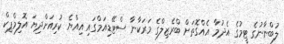
ލުބްނާނުގެ ޓީމުގެ އެދުމާ އެއްގޮތަށް ބްރެޒިލްގެ މަރަކާނާ ސްޓޭޑިއަމްގައި އިއްޔެ ކުރިއަށްދިޔަ އޮލިމްޕިކް